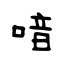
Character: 喑